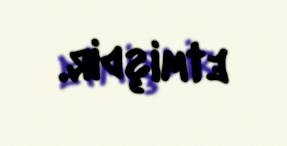
etmişdir.